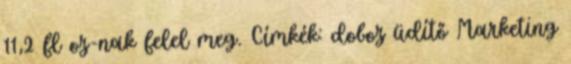
11,2 fl oz-nak felel meg. Címkék: doboz üdítő Marketing